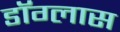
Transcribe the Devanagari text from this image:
डॉग्लास